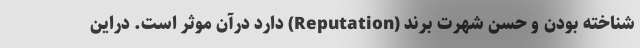
شناخته بودن و حسن شهرت برند (Reputation) دارد درآن موثر است. دراین